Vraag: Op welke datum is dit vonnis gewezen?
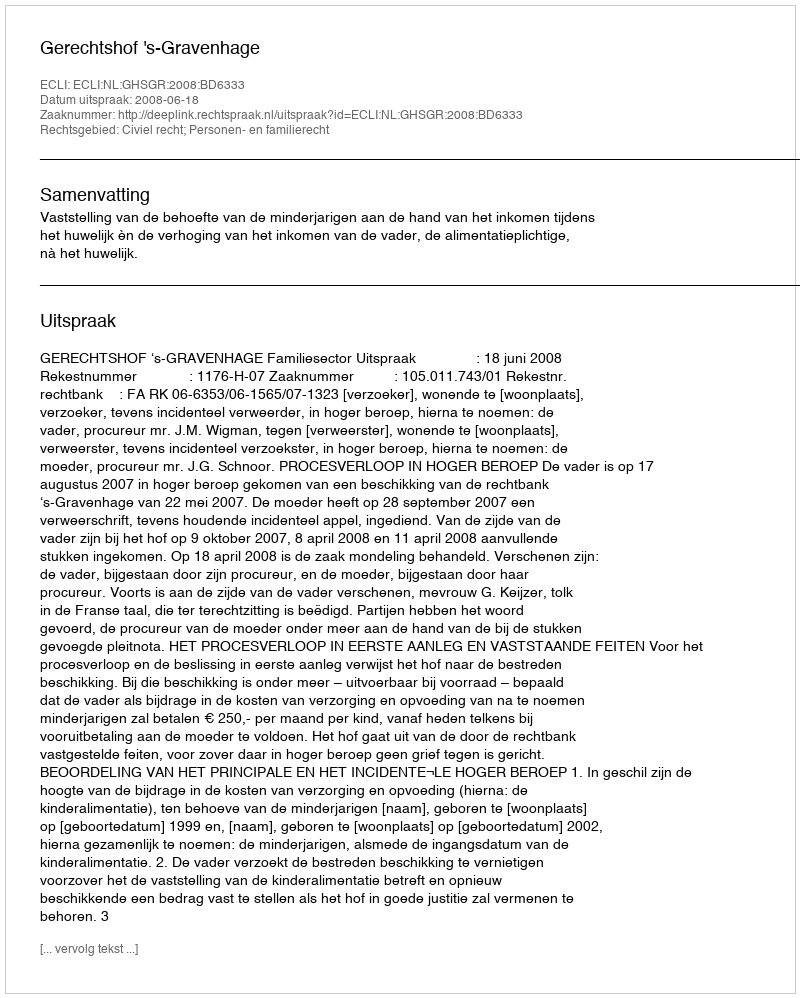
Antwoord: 2008-06-18